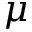
\mu